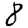
Digit: 8